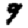
Digit: 9